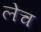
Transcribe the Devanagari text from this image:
लेच